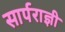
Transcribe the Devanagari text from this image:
सार्पराज्ञी